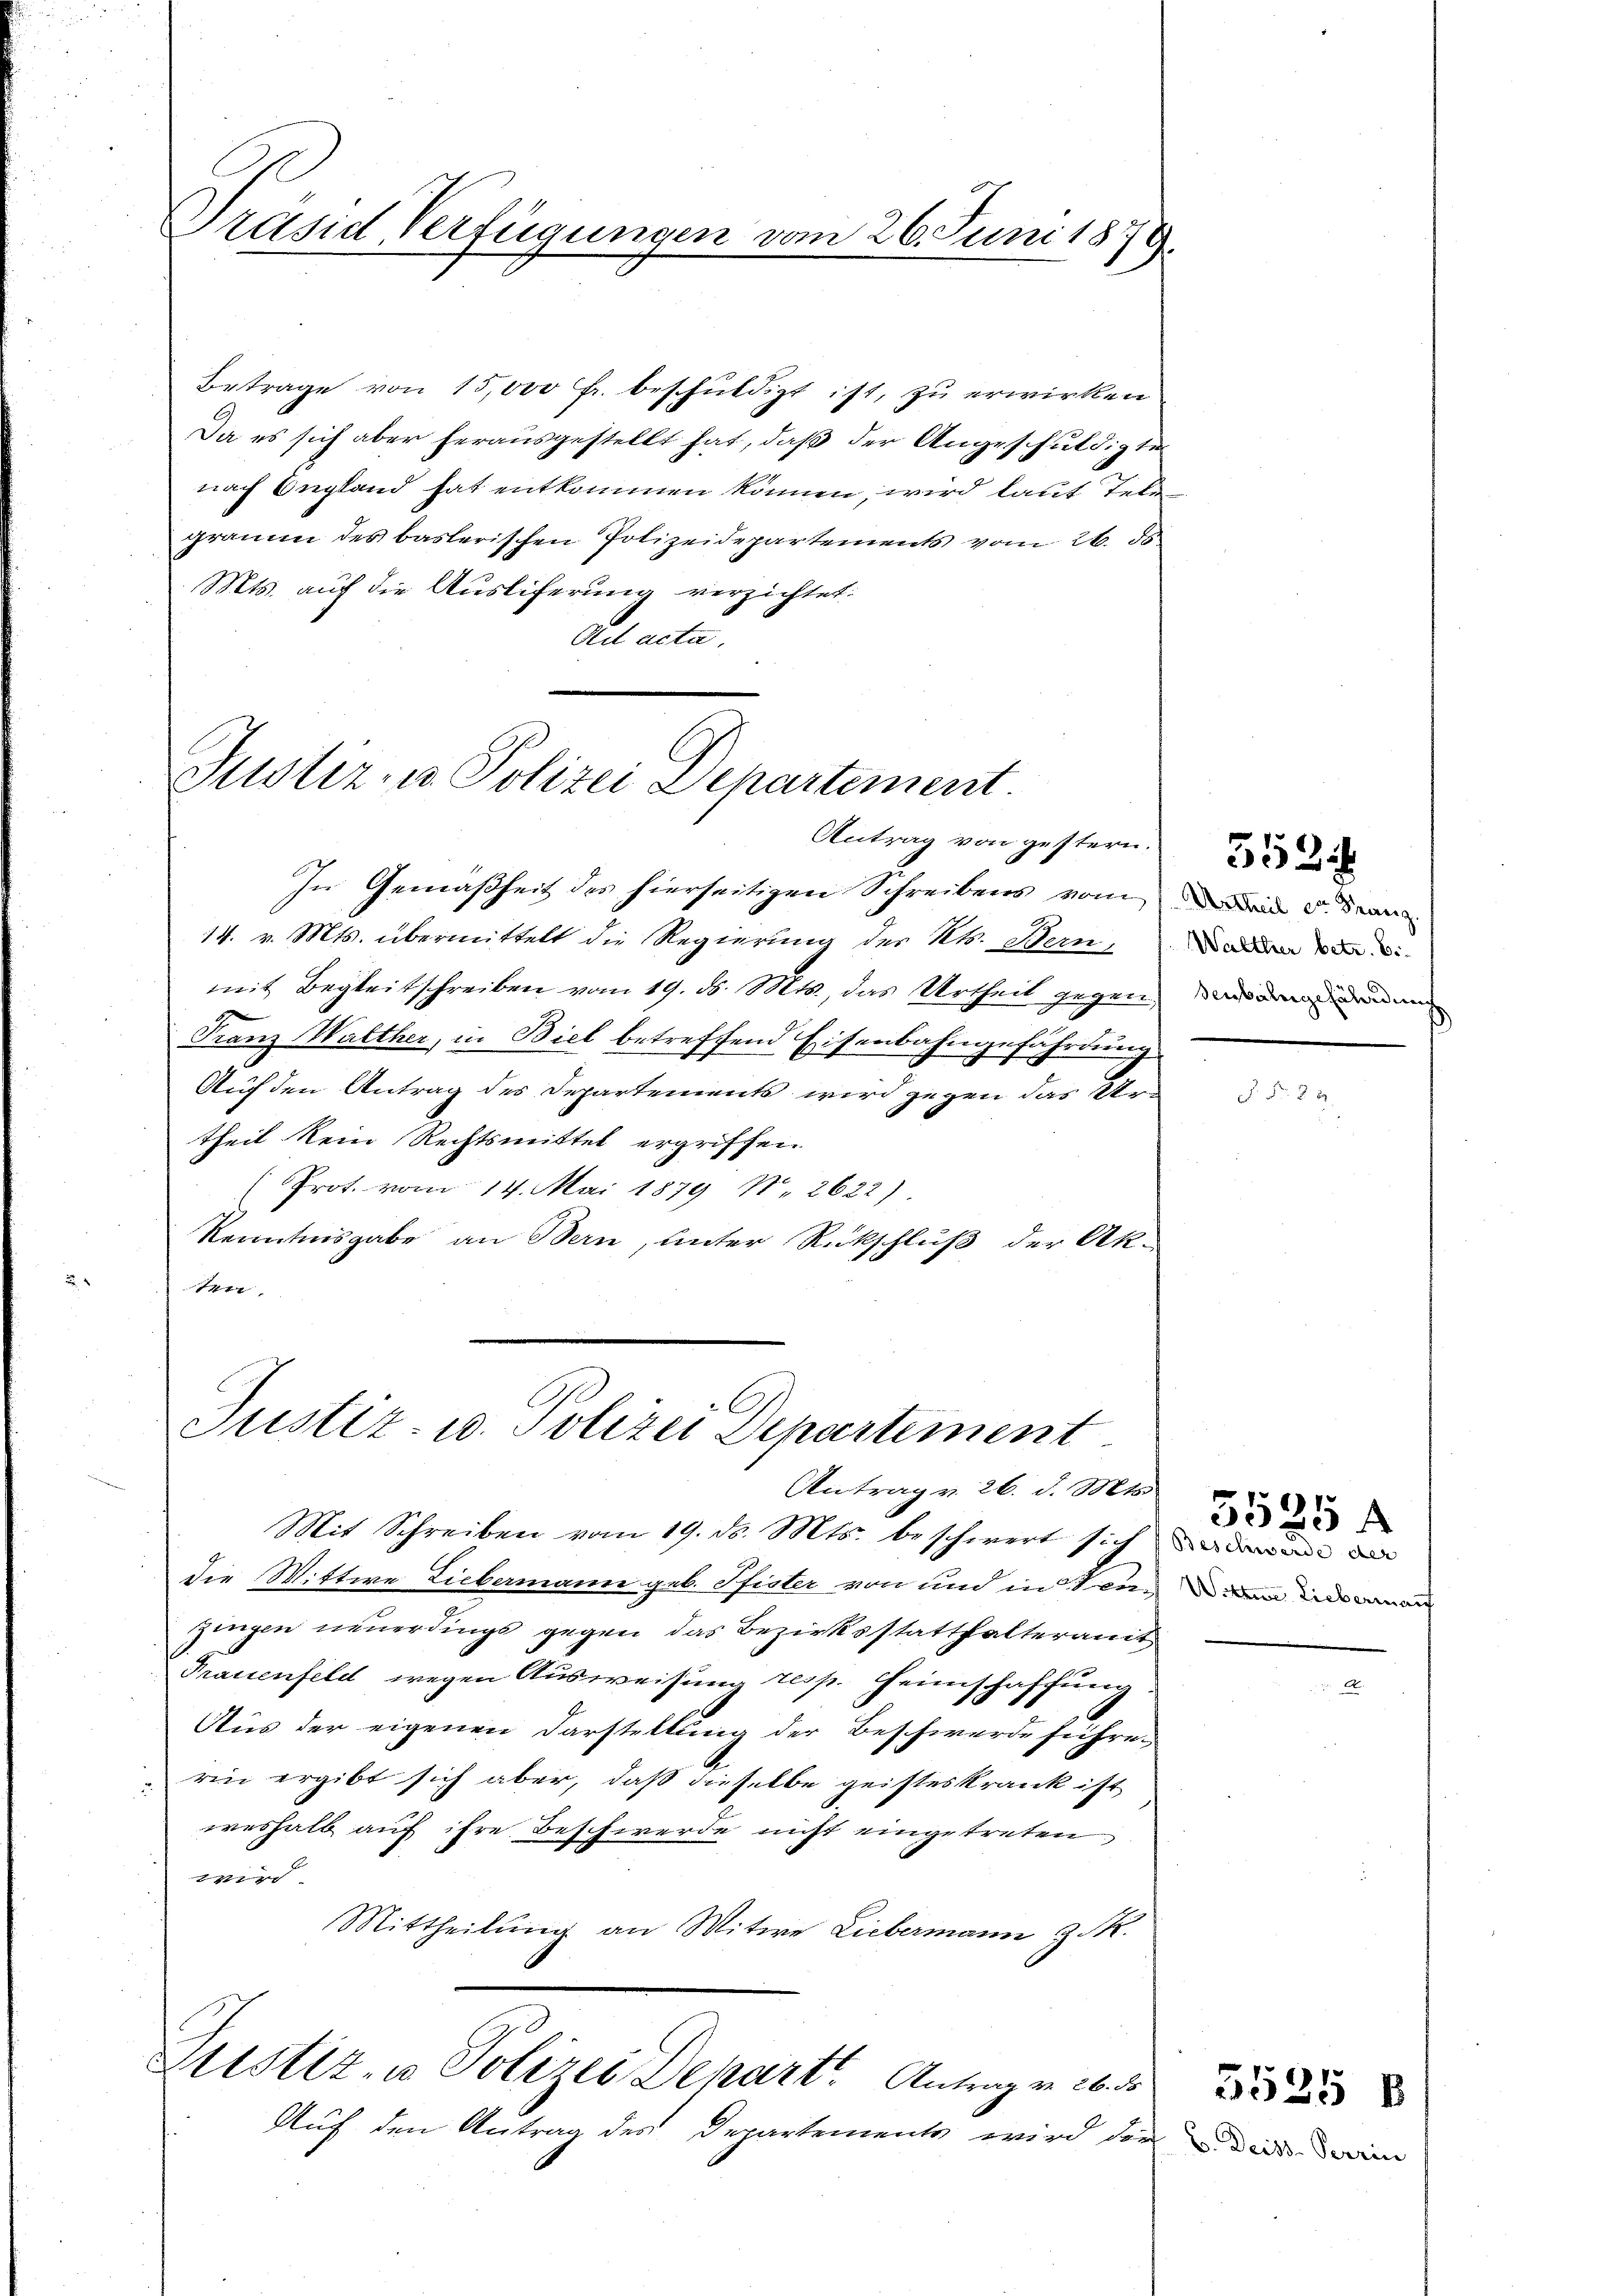
Präsid Verfügungen vom 26. Juni 1879.

Betrage von 15,000 Fr. beschuldigt ist, zu erwirken
Da es sich aber herausgestellt hat, daß der Angeschuldigte
nach England hat entkommen können, wird laut Tele
gramm des baslerischen Polizeidepartements vom 26. 50
Mts. auf die Auslieferung verzichtet:
Aad acta.

Puster- u. Polizei Departement
Antrag von gestern.

Justiz- u. Polizei Departement
Antrag v. 26. d. Mts.

In Gemäßheit des hierseitigen Schreibens von den 5. Franz
14. v. Mts. übermittelt die Regierung des Kts. Bern,
mit Begleitschreiben vom 19. ds. Mts., das Urtheil gegen
Franz Walther, in Biel betreffend Eisenbahngefährdung.
Auch den Antrag des Departements wird gegen das Ur-
theil kein Rechtsmittel ergriffen
Prot. vom 14. Mai 1879 No 2622)
Kenntnisgabe an Bern, unter Rückschluß der Ak-
ten

Justiz- u Polizei Departe Antrag v. 26. d
Auf den Antrag des Departements wird der

Mit Schreiben vom 19. ds. Mts. beschwert sich
die Mittwe Liebermann geb. Pfister von und in Sei
zingen neuerdings gegen das Bezirksstatthalteramt
Frauenfeld wegen Ausweisung resp. Heimschaffung
Aus der eigenen Darstellung der Beschwerde führen
rin ergibt sich aber, daß dieselbe geisteskrank ist
weshalb auf ihre Beschwerde nicht eingetreten
wird
Mittheilŭng an Witwe Liebermann z. R.

Walther betr. Ei
senbahngefährdung

5524

Beschwerde der
Witter Liebermach

6
de

C. Deiss. Perrin

5525 B